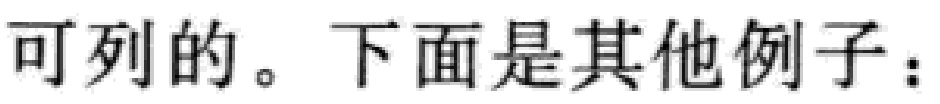
可列的。下面是其他例子：